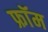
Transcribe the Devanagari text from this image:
फ्राॅम